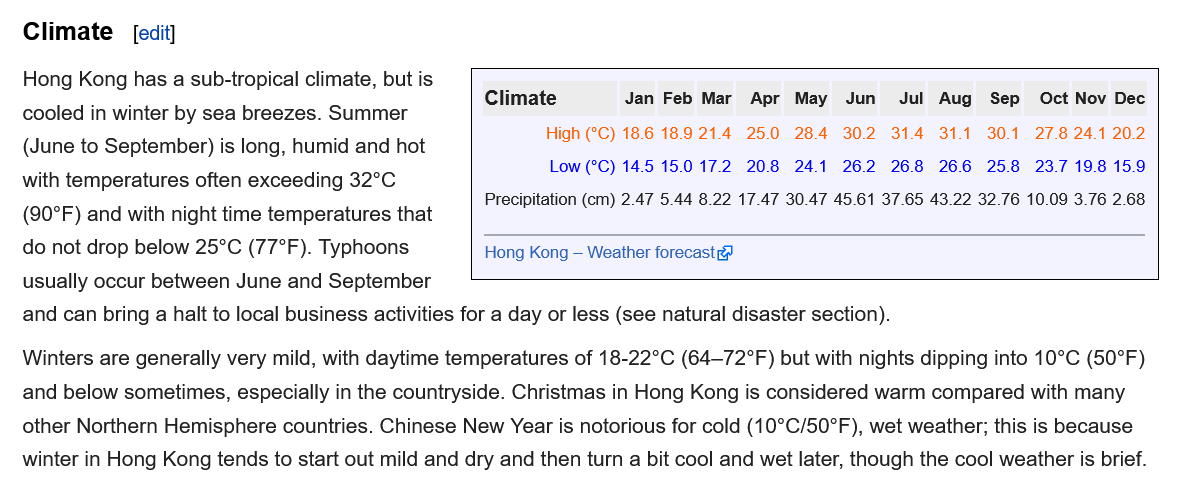
Hong Kong has a sub-tropical climate, but is
   cooled in winter by sea breezes. Summer
   (June to September) is long, humid and hot
   with temperatures often exceeding 32°C.
   (90°F) and with night time temperatures that
   do not drop below 25°C (77°F). Typhoons
   usually occur between June and September
   and can bring a halt to local business activities for a day or less (see natural disaster section).
   Winters are generally very mild, with daytime temperatures of 18-22°C (64—72°F) but with nights dipping into 10°C (50°F)
   and below sometimes, especially in the countryside. Christmas in Hong Kong is considered warm compared with many
   other Northern Hemisphere countries. Chinese New Year is notorious for cold (10°C/50°F), wet weather; this is because
   winter in Hong Kong tends to start out mild and dry and then turn
  a
     bit  cool and wet later, though the cool weather is brief.
   Climate   edit]
     Climate    Feb Mar    May Jun  Jul Aug  Sep Oct Nov Yec
     Hong Kong —
     Weather forecast
     High (°C) 18.6 18.9214 25.0 284 30.2 314 31.1 30.1 27.8 24.1 20.2
     Low (°C) 145 15.0172 208 241 262 268 266 258 237198159
     Precipitation (cm) 2.47 5.44 8.22 17.47 30.47 45.61 37.65 43.22 32.76 10.09 3.76 2.68